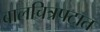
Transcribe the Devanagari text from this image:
बालचित्रपटात